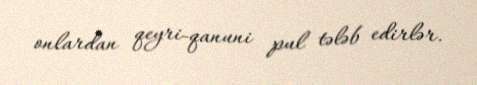
onlardan qeyri-qanuni pul tələb edirlər.